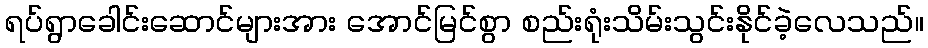
ရပ်ရွာခေါင်းဆောင်များအား အောင်မြင်စွာ စည်းရုံးသိမ်းသွင်းနိုင်ခဲ့လေသည်။